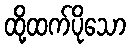
ထို့ထက်ပိုသော